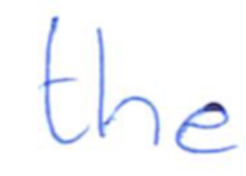
Text: the
Cross-out: clean
Writing tool: ballpoint